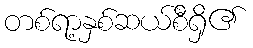
တစ်ရာ့နှစ်ဆယ်စီရှိ၏